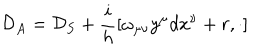
LaTeX: { \cal { D } } _ { A } = { \cal { D } } _ { S } + \frac { i } { h } [ \omega _ { \mu \nu } y ^ { \mu } d x ^ { \nu } + r , \cdot ]